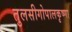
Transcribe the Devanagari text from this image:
तुलसीगोपालकृष्‍णा